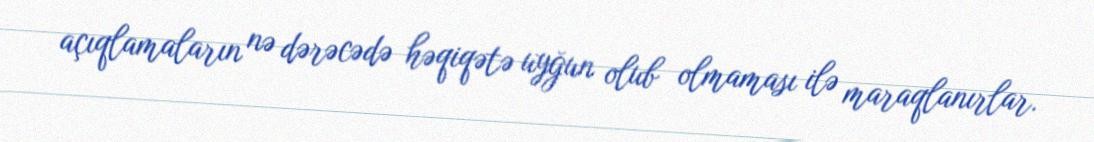
açıqlamaların nə dərəcədə həqiqətə uyğun olub olmaması ilə maraqlanırlar.